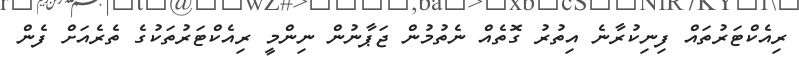
ރިއެކްޓަރުތައް ފިނިކުރާނެ އިތުރު ގޮތެއް ނެތުމުން ޖަޕާނުން ނިންމީ ރިއެކްޓަރުތަކުގެ ތެރެއަށް ފެން